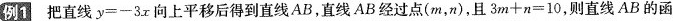
例1 把直线$$y=-3x$$向上平移后得到直线AB，直线AB经过点(m，n)，且$$3m+n=10$$，则直线AB的函